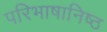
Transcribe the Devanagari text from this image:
परिभाषानिष्ठ